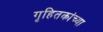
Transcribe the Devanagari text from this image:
गृहितकांच्या